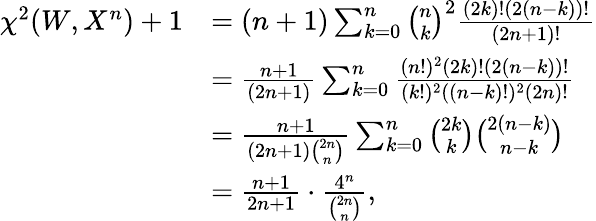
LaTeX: \begin{array}{rl}{\chi^{2}(W,X^{n})+1}&{=(n+1)\sum_{k=0}^{n}\binom{n}{k}^{2}\frac{(2k)!(2(n-k))!}{(2n+1)!}}\\ &{=\frac{n+1}{(2n+1)}\sum_{k=0}^{n}\frac{(n!)^{2}(2k)!(2(n-k))!}{(k!)^{2}((n-k)!)^{2}(2n)!}}\\ &{=\frac{n+1}{(2n+1)\binom{2n}{n}}\sum_{k=0}^{n}\binom{2k}{k}\binom{2(n-k)}{n-k}}\\ &{=\frac{n+1}{2n+1}\cdot\frac{4^{n}}{\binom{2n}{n}},}\end{array}